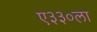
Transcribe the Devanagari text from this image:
ए३३०ला